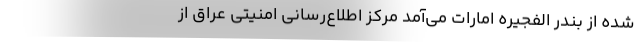
شده از بندر الفجیره امارات می‌آمد مرکز اطلاع‌رسانی امنیتی عراق از